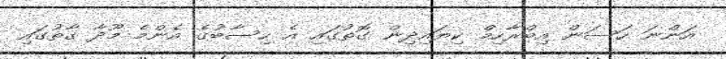
އަންނަ ހަސަން އިބްރާހިމް ކިޔައިދިން ގޮތުގައި އެ ހިސާބުގެ އެންމެ މޫދާ ގާތުގައި